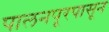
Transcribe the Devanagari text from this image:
पालनपूरपासून